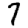
Digit: 7